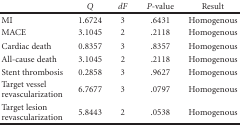
<table><thead><tr><td></td><td><b><i>Q</i></b></td><td><b><i>dF</i></b></td><td><b><i>P</i>-value</b></td><td><b>Result</b></td></tr></thead><tbody><tr><td>MI</td><td>1.6724</td><td>3</td><td>.6431</td><td>Homogenous</td></tr><tr><td>MACE</td><td>3.1045</td><td>2</td><td>.2118</td><td>Homogenous</td></tr><tr><td>Cardiac death</td><td>0.8357</td><td>3</td><td>.8357</td><td>Homogenous</td></tr><tr><td>All-cause death</td><td>3.1045</td><td>2</td><td>.2118</td><td>Homogenous</td></tr><tr><td>Stent thrombosis</td><td>0.2858</td><td>3</td><td>.9627</td><td>Homogenous</td></tr><tr><td>Target vessel revascularization</td><td>6.7677</td><td>3</td><td>.0797</td><td>Homogenous</td></tr><tr><td>Target lesion revascularization</td><td>5.8443</td><td>2</td><td>.0538</td><td>Homogenous</td></tr></tbody></table>